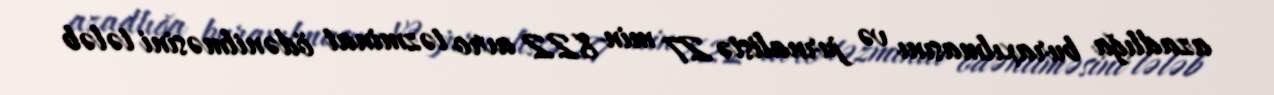
azadlığa buraxılmasını və jurnalistə 27 min 822 avro təzminat ödənilməsini tələb